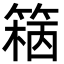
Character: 𥱓